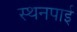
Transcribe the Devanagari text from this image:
स्थनपाई